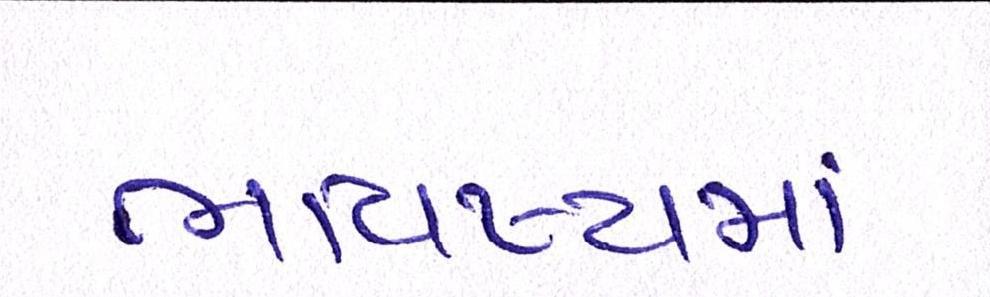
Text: ભવિષ્યમાં